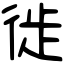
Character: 徙